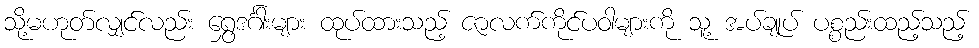
သို့မဟုတ်လျှင်လည်း ရွှေဒင်္ဂါးများ ထုပ်ထားသည့် ဇာလက်ကိုင်ပဝါများကို သူ့ အပ်ချုပ် ပစ္စည်းထည့်သည့်